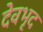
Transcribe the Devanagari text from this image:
देवभृद